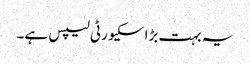
یہ بہت بڑا سکیورٹی لیپس ہے۔